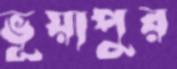
ভূয়াপুর